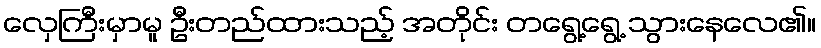
လှေကြီးမှာမူ ဦးတည်ထားသည့် အတိုင်း တရွေ့ရွေ့ သွားနေလေ၏။